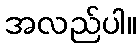
အလည်ပါ။